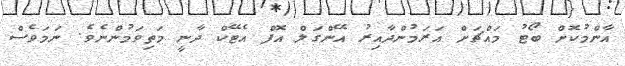
އާންމުކޮށް ބޯޓު މައްޗަށް އަރަމުންދާއިރު އޭންގަލް އޮފް އެޓޭކް ދާނީ މަތިވަމުންނެވެ. ނަމަވެސް